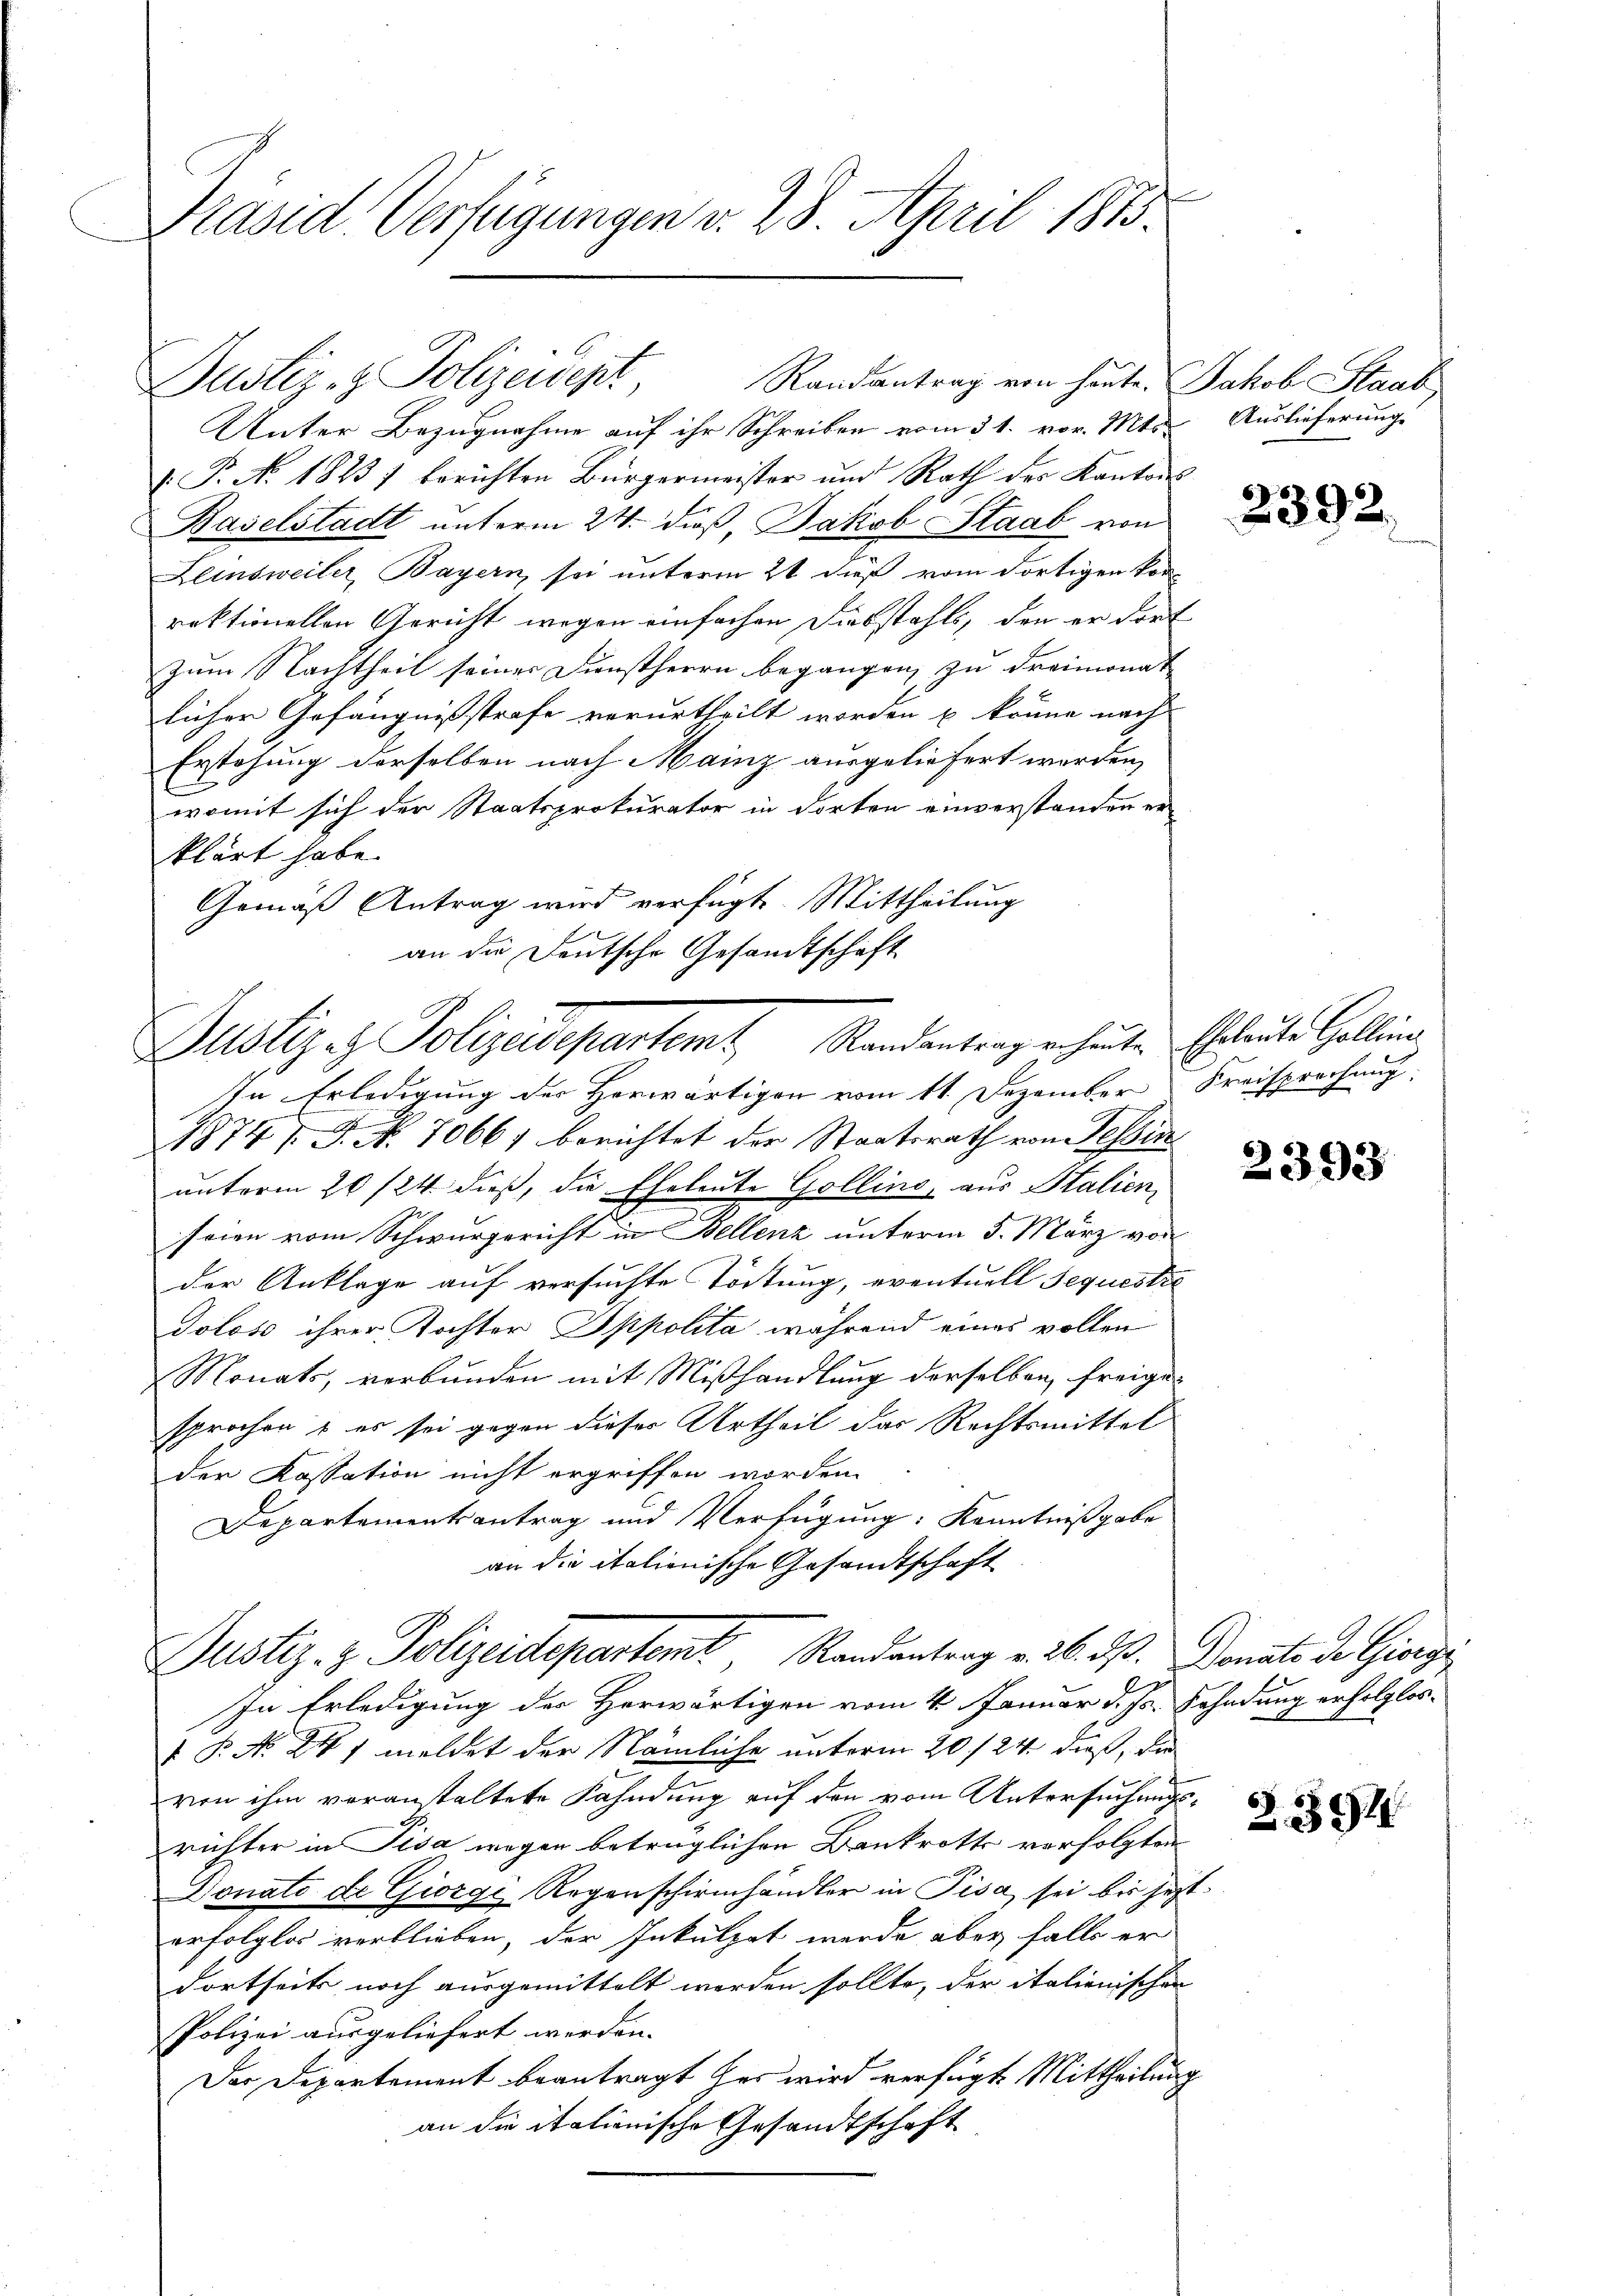
Präsid Verfügungen v. 28. April 1873.

Justiz- & Polizeisept,
Unter Bezugnahme auf ihr Schreiben vom 31. vor. Mts.
 P. No. 1823 / berichten Bürgermeister und Rath des Kantons
Baselstadt unterm 24. dieß, Jakob Staab von
Zlinsweiler, Bayern, sei unterm 21 dieß vom dortigen Vorrektionellen Gericht wegen einfachen Diebstahls, den er dort
zum Nachtheil seiner Dienstherrn begangen, zu dreimonat
licher Gefängnissstrafe verurtheilt worden u. könne nach
Erstehung derselben nach Mainz ausgeliefert worden,
E
womit sich der Staatsprokurator in dorten einverstanden er
klärt habe.
Gemäß Antrag wird verfügt. Mittheilung
an die Deutsche Gesandtschaft

Justiz - Polizeidepartamt, Standentrag erheiten Eheleute Galleine
In Erledigung der Herwärtigen vom 11. Dezember Freisprechung

Randantrag von heute. Jakob Staab

1874. F. P. 7066) berichtet der Staatsrath von Tessin
unterm 20./24. dieß, die Eheleute Gollino, aus Stalien,
seien vom Schwurgericht in Bellenz unterm 5. März von
der Anklage auf versuchte Tödtung, eventuell Sequestre
Tolose ihrer Tochter Sppolita während eines vollen
Monats, verbunden mit Mißhandlung derselben, freigesprochen & es sei gegen dieser Urtheil der Rechtsmittel
der Kassation nicht ergriffen worden.
Departementsantrag und Verfügung: Kenntnißgabe
an die italienische Gesandtschaft
Justiz- & Polizeidepartemt, Randantrag v. 26. ds. Donats de Giorg
In Erledigung der Herwärtigen vom 4. Januar d. Js. Fahndung erfolglos¬
 P. No. 241 meldet der Nämliche unterm 20./24. dieß, die
von ihm voranstaltete Kahndung auf den vom Untersuchungsrichter in Pisa wegen betrüglichen Bankrotts vorfolgten
Donato de Giorgi Regenschirmhändler in Pisa sei bis jetzt
erfolglos verblieben, der Inkulpat werde aber falls er
dortseits noch ausgemittelt werden sollte, der italienischen
Polizei ausgeliefert werden.
Der Departement beantragt her wird verfügt, Mittheilung
an die italienische Gesandtschaft

Auslieferung.

6.
2392.

2393

Z. 394